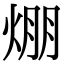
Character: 焩